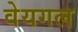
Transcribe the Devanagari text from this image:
वेयगल